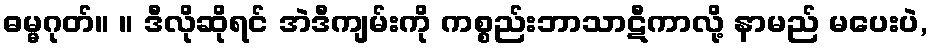
ဓမ္မဂုတ်။ ။ ဒီလိုဆိုရင် အဲဒီကျမ်းကို ကစ္စည်းဘာသာဋီကာလို့ နာမည် မပေးပဲ,